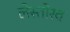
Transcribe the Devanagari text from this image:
लेस्तोरव